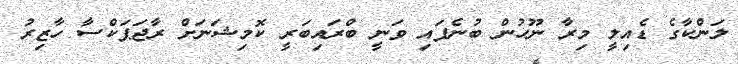
ލަންކާގެ ޑެެއިލީ މިރާ ނޫހުން ބުނެފައި ވަނީ ބްރައިބަރީ ކޮމިޝަނަށް ރާޖަޕަކްސާ ހާޒިރު